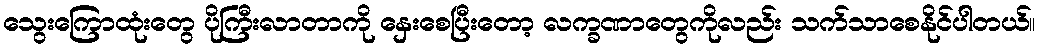
သွေးကြောထုံးတွေ ပိုကြီးလာတာကို နှေးစေပြီးတော့ လက္ခဏာတွေကိုလည်း သက်သာစေနိုင်ပါတယ်။